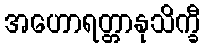
အဟောရတ္တာနုသိက္ခီ